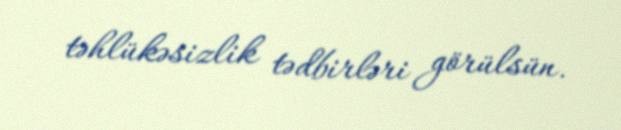
təhlükəsizlik tədbirləri görülsün.